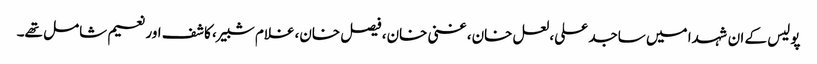
پولیس کے ان شہدا میں ساجد علی، لعل خان، غنی خان، فیصل خان،غلام شبیر، کاشف اور نعیم شامل تھے۔